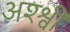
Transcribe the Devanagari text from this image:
अश्श्वी